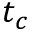
t _ { c }